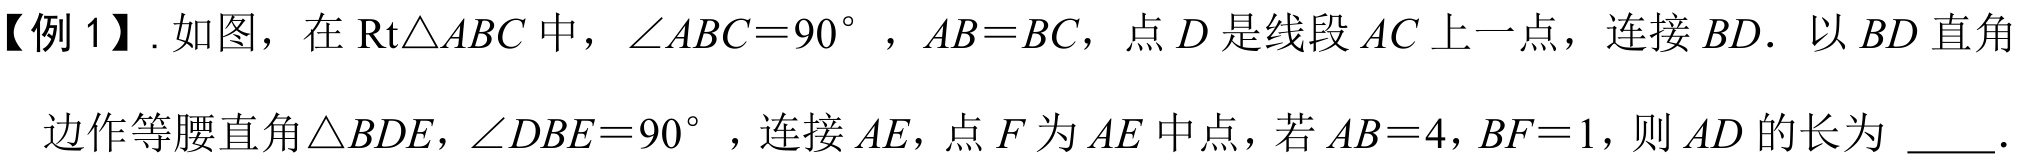
【例 1】. 如图，在$\text{Rt}\triangle ABC$中，$\angle ABC = 90^{\circ}$，$AB = BC$，点$D$是线段$AC$上一点，连接$BD$．以$BD$直角边作等腰直角$\triangle BDE$，$\angle DBE = 90^{\circ}$，连接$AE$，点$F$为$AE$中点，若$AB = 4$，$BF = 1$，则$AD$的长为  ．